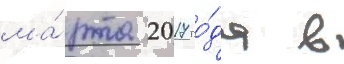
ма́рта 2017 го́да в